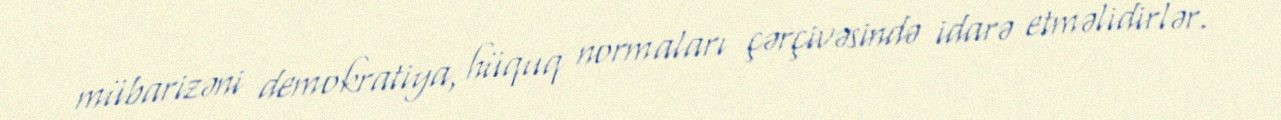
mübarizəni demokratiya, hüquq normaları çərçivəsində idarə etməlidirlər.